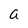
Character: a